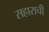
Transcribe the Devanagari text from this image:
सहाराची